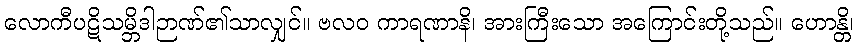
လောကီပဋိသမ္ဘိဒါဉာဏ်၏သာလျှင်။ ဗလဝ ကာရဏာနိ၊ အားကြီးသော အကြောင်းတို့သည်။ ဟောန္တိ၊